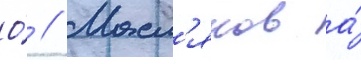
О́ // Масл'яков а́